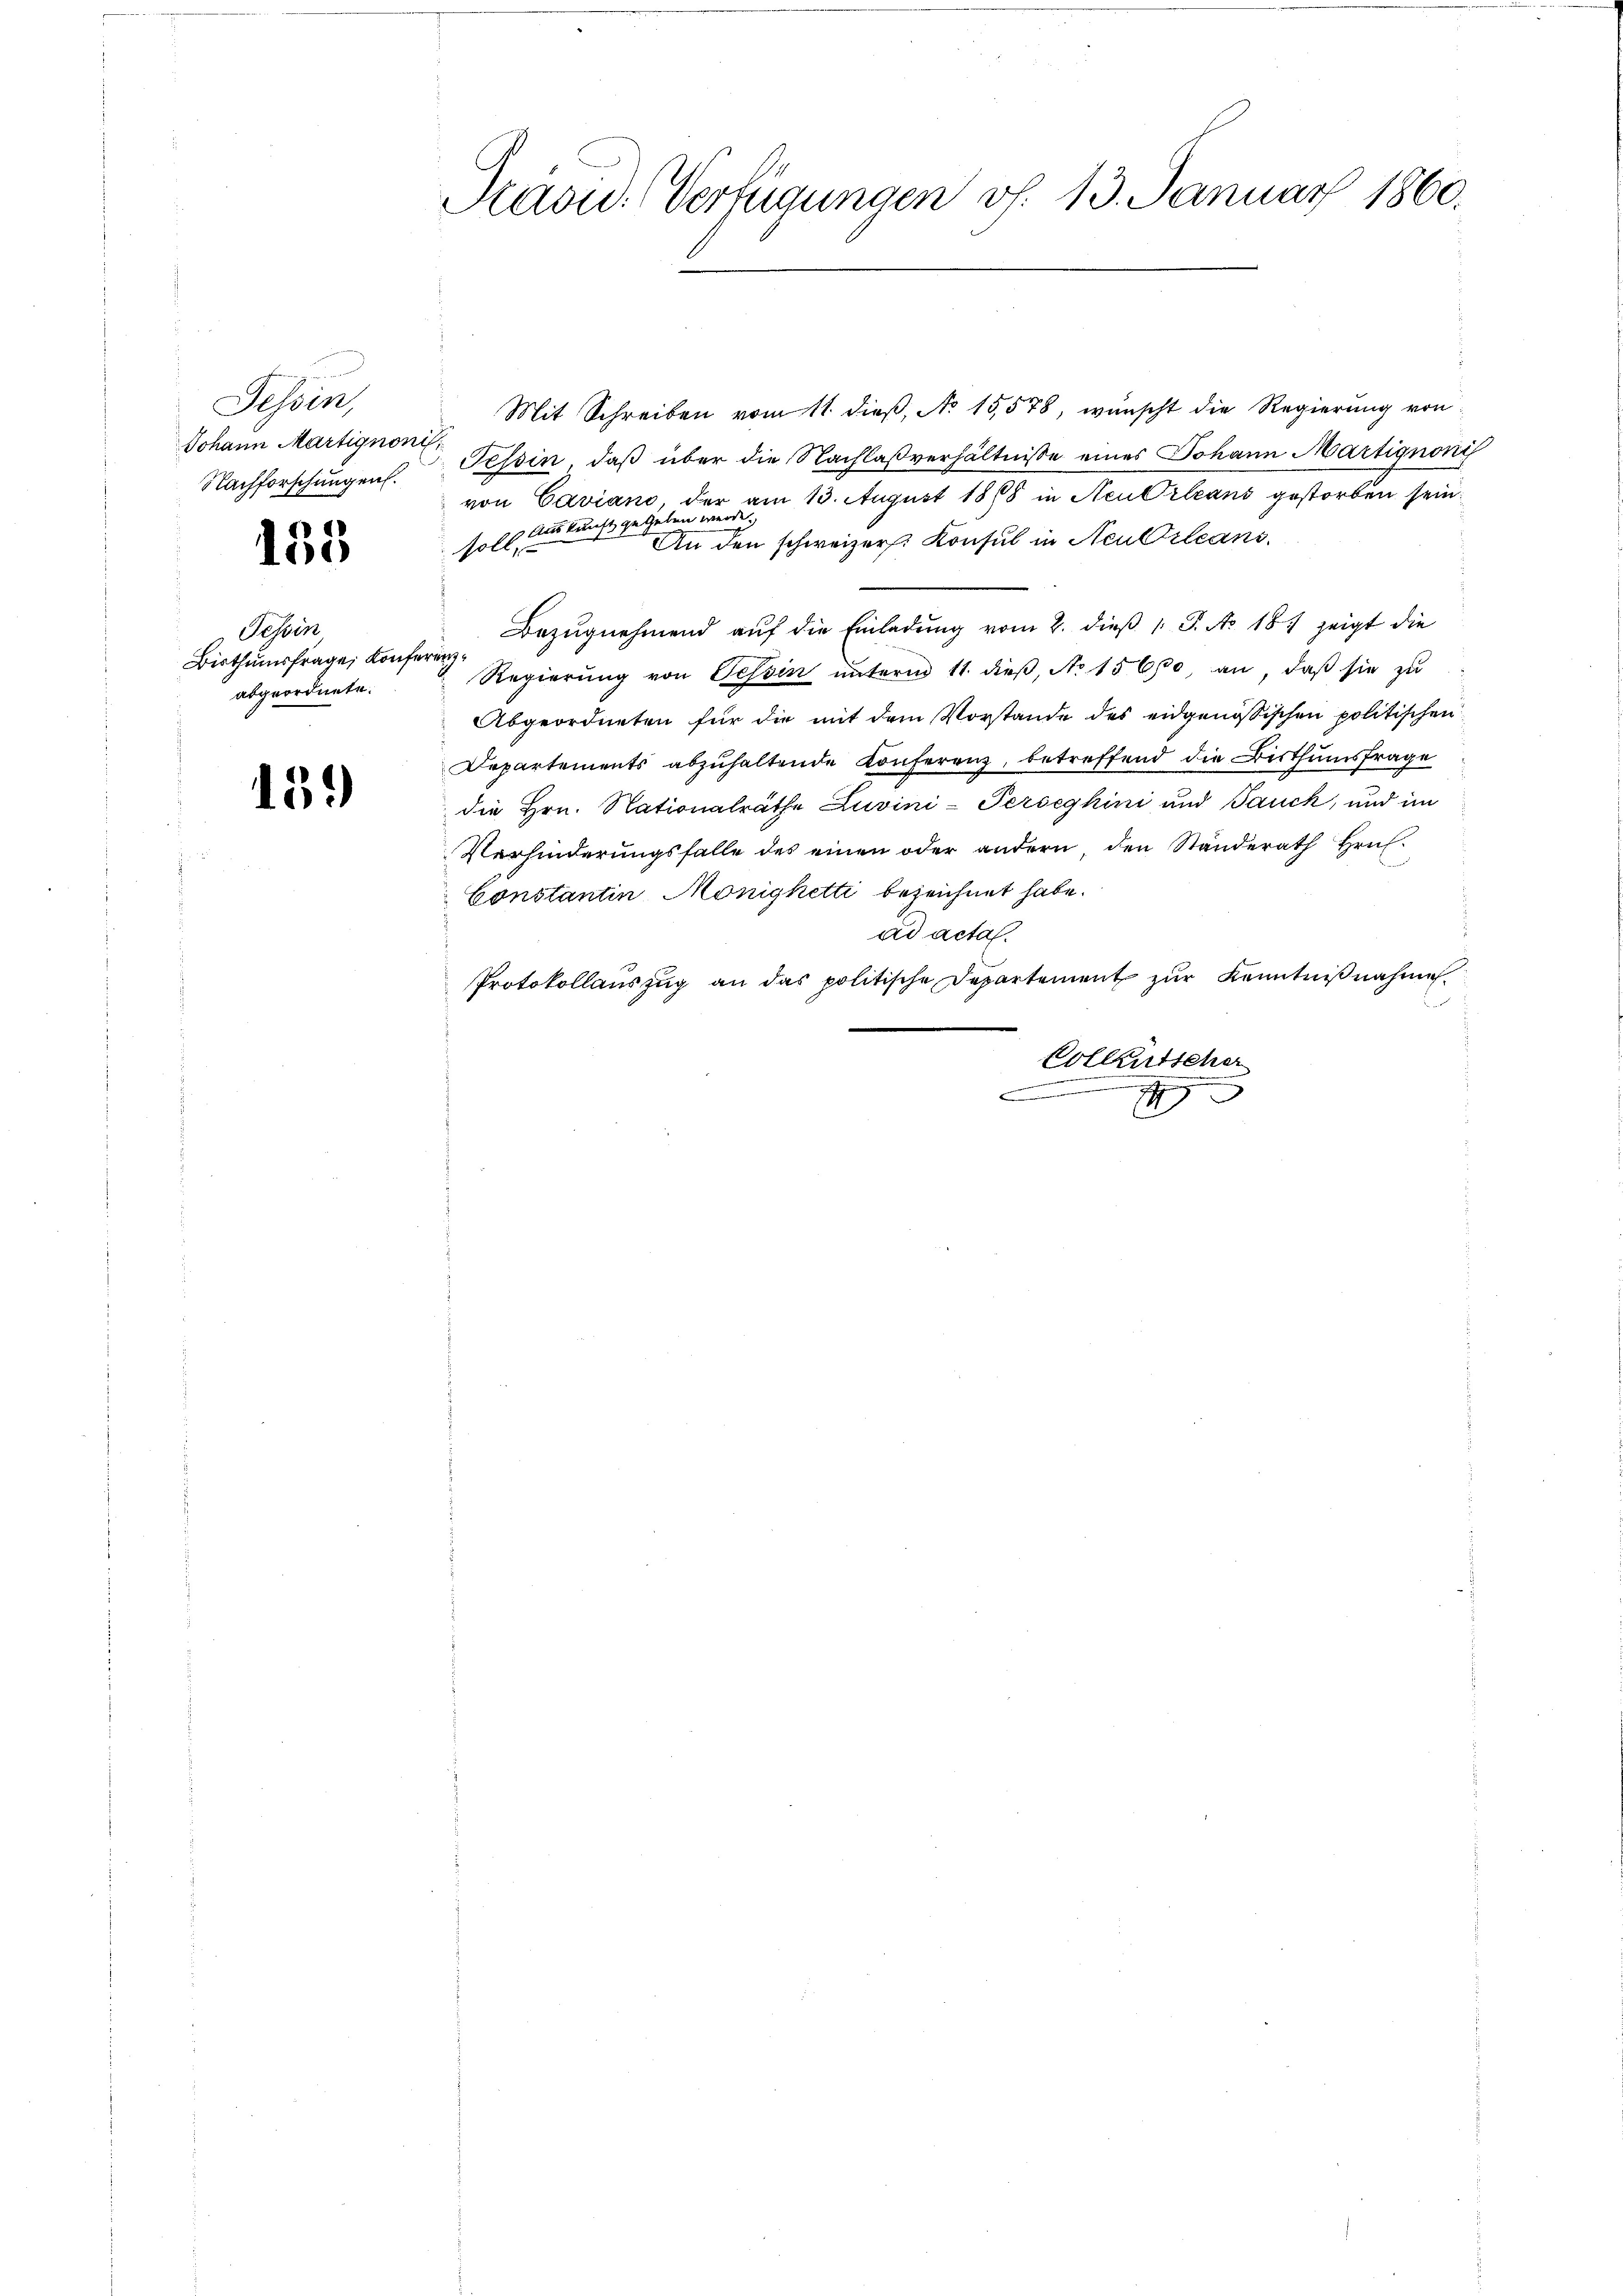
Tessin,
Johann Martignon
Nachforschungen.

155

Tessin
Bisthumsfrage, Konf
abgeordnete.

15.)

Prasid. Verfügungen v. 13. Januar 1860.

Mit Schreiben vom 11. dieß, No 15578, wünscht die Regierung von
Tessin, daß über die Nachlaßverhältnisse eines Johann Martignoni
von Caviano, der am 13. August 1868 in Neu Orleans gestorben sein.
Auskunft gegeben werde.
An den schweizer. Konsul in Neubileans
soll
Bezŭgnehmend auf die Einladung vom 2. dieβ 1 S. Nr. 18) zeigt die
winge
Regierung von Tessin unterm 11. dieß, No 15600, an, daß sie zu
Abgeordneten für die mit dem Vorstande des eidgenössischen politischen
Departements abzuhaltende Konferenz, betreffend die Bisthumsfrage
die Hrn. Nationalräthe Zuvini-Perseghini und Jauch, und im
Verhinderŭngsfalle des einen oder andern, den Ständerath Hrn.
Constantin Monigketti bezeichnet habe.
ad acta.
Protokollauszug an das politische Departement zur Kenntnißnahme
Colleutscher
g